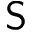
\mathsf { S }